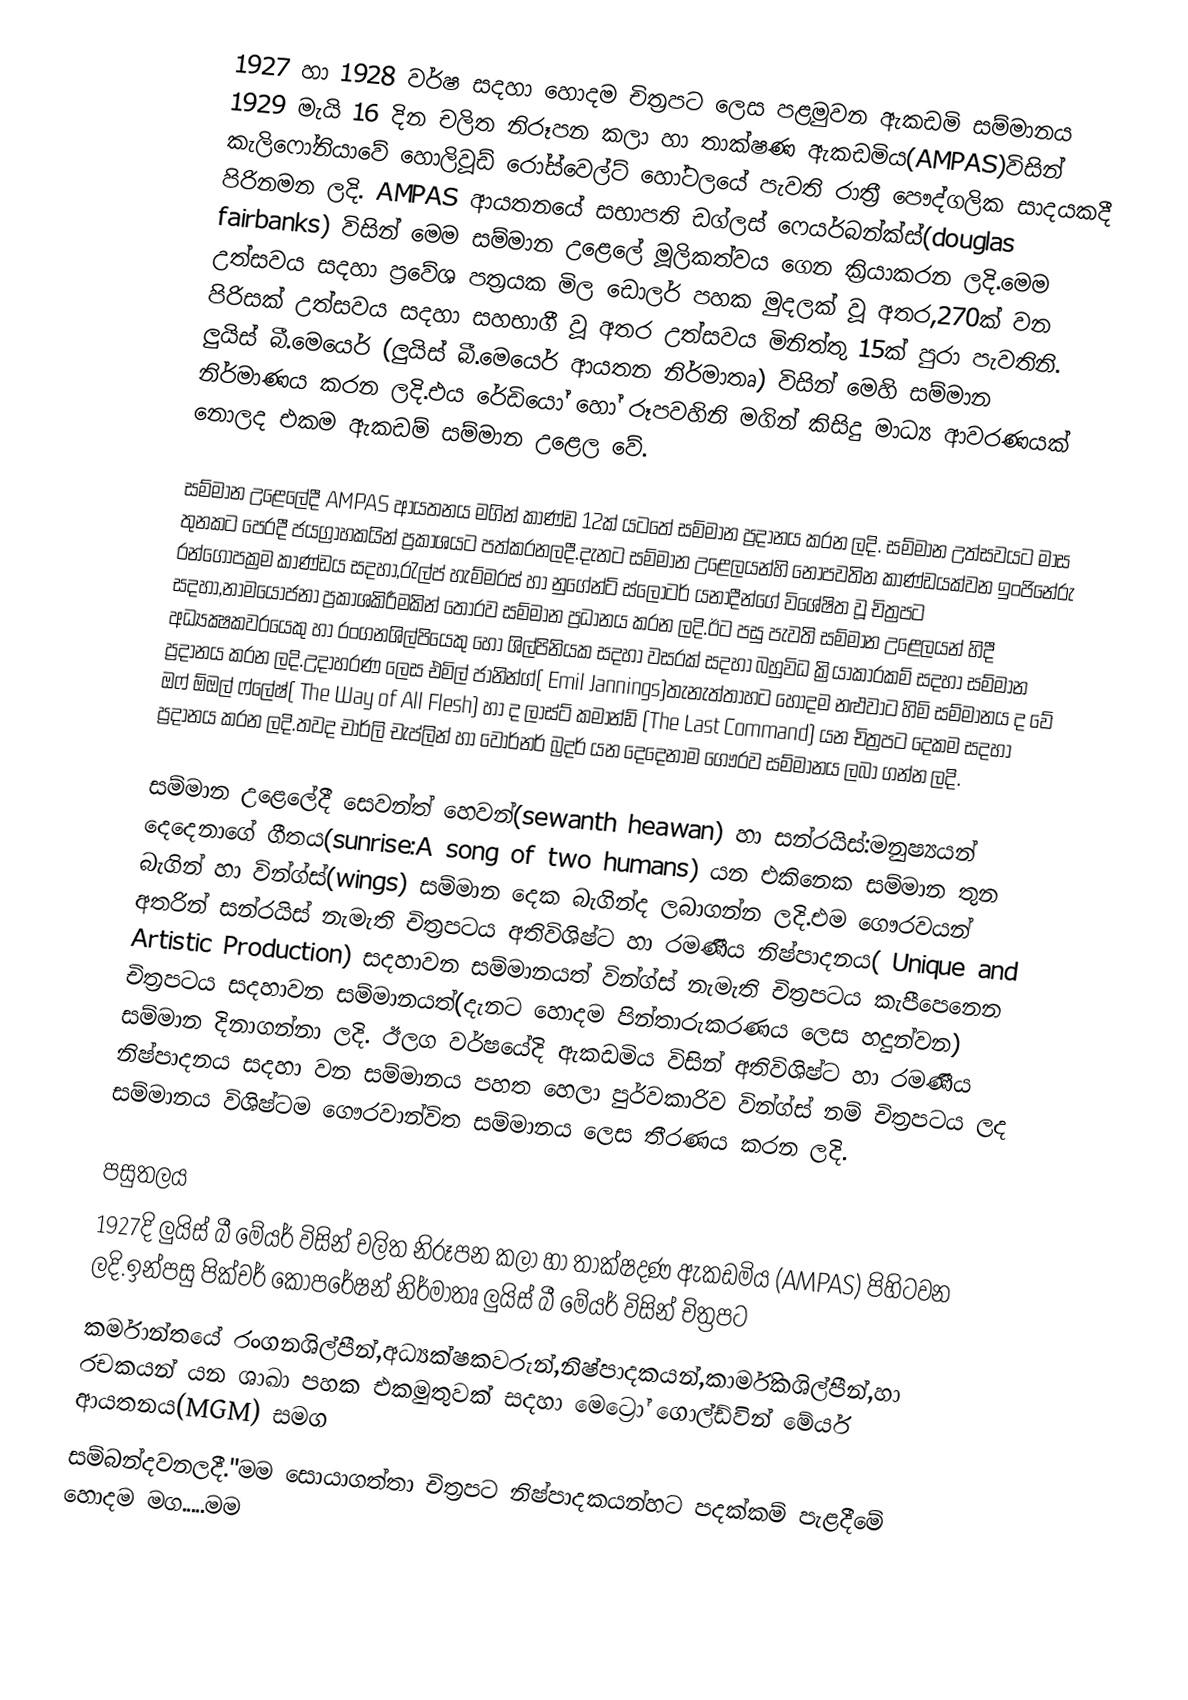
1927 හා 1928 වර්ෂ සදහා හොදම චිත්‍රපට ලෙස  පළමුවන ඇකඩමි සම්මානය 1929 මැයි 16 දින චලිත නිරූපන කලා හා තාක්ෂණ ඇකඩමිය(AMPAS)විසින්  කැලිෆෝනියාවේ හොලිවූඩ් රෝස්වෙල්ට් හෝටලයේ  පැවති රාත්‍රී පෞද්ගලික සාදයකදී  පිරිනමන ලදි. AMPAS ආයතනයේ සභාපති ඩග්ලස්‌  ෆෙයර්බන්ක්ස්(douglas fairbanks) විසින් මෙම සම්මාන උළෙලේ  මූලිකත්වය ගෙන ක්‍රියාකරන ලදි.මෙම උත්සවය සදහා ප්‍රවේශ පත්‍රයක මිල ඩොලර්  පහක  මුදලක් වූ අතර,270ක් වන පිරිසක් උත්සවය සදහා සහභාගී වූ අතර උත්සවය මිනිත්තු 15ක් පුරා පැවතිනි. ලුයිස් බී.මෙයෙර් (ලුයිස් බී.මෙයෙර් ආයතන නිර්මාතෘ) විසින් මෙහි  සම්මාන නිර්මාණය කරන ලදි.එය රේඩියෝ හෝ රූපවහිනි මගින් කිසිදු මාධ්‍ය ආවරණයක් නොලද එකම ඇකඩම් සම්මාන උළෙල වේ.

සම්මාන උළෙලේදී AMPAS ආයතනය මගින් කාණ්ඩ 12ක් යටතේ සම්මාන  ප්‍රදානය කරන ලදි. සම්මාන උත්සවයට මාස තුනකට පෙරදී ජයග්‍රාහකයින් ප්‍රකාශයට පත්කරනලදී.දැනට සම්මාන උළෙලයන්හි නොපවතින කාණ්ඩයක්වන ඉංජිනේරු රන්ගොපක්‍රම කාණ්ඩය සදහා,රැල්ප් හැම්මරස් හා නුගේන්ට් ස්ලෝටර් යනාදීන්ගේ විශේෂිත වූ චිත්‍රපට සදහා,නාමයෝජනා  ප්‍රකාශකිරීමකින්  තොරව සම්මාන ප්‍රධානය කරන ලදි.ඊට පසු පැවති සම්මාන උළෙලයන් හිදී අධ්‍යක්‍ෂකවරයෙකු හා රංගනශිල්පියෙකු හෝ ශිල්පිනියක සදහා වසරක් සදහා බහුවිධ ක්‍රියාකාරකම් සදහා සම්මාන ප්‍රදානය කරන ලදි.උදාහරණ ලෙස  එමිල් ජානින්ග්( Emil Jannings)තැනැත්තාහට හොදම නළුවාට හිමි සම්මානය ද වේ ඔෆ් ඕඔල් ෆ්ලේෂ්( The Way of All Flesh) හා ද ලාස්ට් කමාන්ඩ් (The Last Command) යන චිත්‍රපට දෙකම සදහා ප්‍රදානය කරන ලදි.තවද චාර්ලි චැප්ලින් හා වෝර්නර් බ්‍රදර් යන දෙදෙනාම ගෞරව සම්මානය ලබා ගන්න ලදි.

සම්මාන උළෙලේදී සෙවන්ත් හෙවන්(sewanth heawan) හා සන්රයිස්:මනුෂ්‍යයන් දෙදෙනාගේ ගීතය(sunrise:A song of two humans) යන එකිනෙක සම්මාන තුන බැගින් හා වින්ග්ස්(wings) සම්මාන දෙක බැගින්ද ලබාගන්න ලදි.එම ගෞරවයන් අතරින් සන්රයිස් නැමැති චිත්‍රපටය අතිවිශිෂ්ට හා රමණීය නිෂ්පාදනය( Unique and Artistic Production) සදහාවන සම්මානයත් වින්ග්ස් නැමැති චිත්‍රපටය කැපීපෙනෙන චිත්‍රපටය සදහාවන සම්මානයත්(දැනට හොදම පින්තාරුකරණය ලෙස හදුන්වන) සම්මාන දිනාගන්නා ලදි. ඊලග වර්ෂයේදි ඇකඩමිය විසින් අතිවිශිෂ්ට හා රමණීය නිෂ්පාදනය සදහා වන සම්මානය පහත හෙලා පුර්වකාරිව වින්ග්ස් නම් චිත්‍රපටය ලද සම්මානය විශිෂ්ටම ගෞරවාන්විත සම්මානය ලෙස තීරණය කරන ලදි.

පසුතලය
1927දි ලුයිස් බී මේයර් විසින්  චලිත නිරූපන කලා හා තාක්ෂදණ ඇකඩමිය (AMPAS) පිහිටවන ලදි.ඉන්පසු පික්චර් කෝපරේෂන් නිර්මාතෘ  ලුයිස් බී මේයර් විසින් චිත්‍රපට
කර්මාන්තයේ රංගනශිල්පීන්,අධ්‍යක්ෂකවරුන්,නිෂ්පාදකයන්,කාර්මිකශිල්පීන්,හා රචකයන් යන ශාඛා පහක එකමුතුවක් සදහා මෙට්‍රෝ ගොල්ඩ්වින් මේයර් ආයතනය(MGM) සමග
සම්බන්දවනලදී."මම සොයාගත්තා චිත්‍රපට නිෂ්පාදකයන්හට පදක්කම් පැළදීමේ හොදම මග.....මම